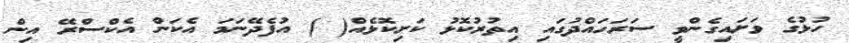
ހުޅުގެ ވަށައިގެންވީ ސަރަހައްދުގައި އިތުރުކޮޅު ކަށިކޮޅެއް( ) އުފެދޭނަމަ އެކަން އެކްސްރޭ އިން